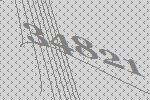
34821